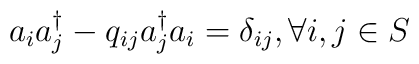
a_{i}a_{j}^{\dagger} - q_{ij}a_{j}^{\dagger}a_{i} = \delta_{ij}  , \forall i,j\in S